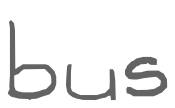
Text: bus
Cross-out: clean
Writing tool: digital_gray